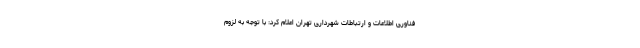
فناوری اطلاعات و ارتباطات شهرداری تهران اعلام کرد: با توجه به لزوم